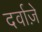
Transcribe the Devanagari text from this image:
दर्वाज़े